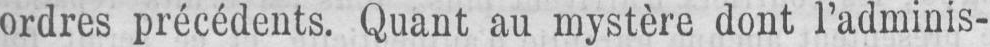
ordres précédents. Quant au mystère dont l’adminis-